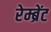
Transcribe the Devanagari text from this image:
रेम्ब्रेंट